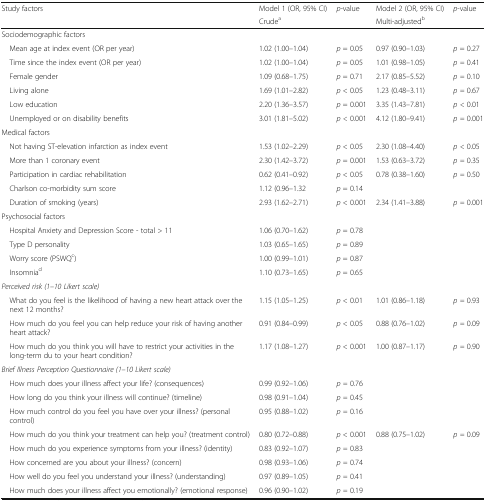
<table><thead><tr><td rowspan="2"><b>Study factors</b></td><td><b>Model 1 (OR, 95% CI)</b></td><td rowspan="2"><b><i>p-</i>value</b></td><td><b>Model 2 (OR, 95% CI)</b></td><td rowspan="2"><b><i>p</i>-value</b></td></tr><tr><td><b>Crude<sup>a</sup></b></td><td><b>Multi-adjusted<sup>b</sup></b></td></tr></thead><tbody><tr><td colspan="5">Sociodemographic factors</td></tr><tr><td> Mean age at index event (OR per year)</td><td>1.02 (1.00–1.04)</td><td><i>p</i> = 0.05</td><td>0.97 (0.90–1.03)</td><td><i>p</i> = 0.27</td></tr><tr><td> Time since the index event (OR per year)</td><td>1.02 (1.00–1.04)</td><td><i>p</i> = 0.05</td><td>1.01 (0.98–1.05)</td><td><i>p =</i> 0.41</td></tr><tr><td> Female gender</td><td>1.09 (0.68–1.75)</td><td><i>p</i> = 0.71</td><td>2.17 (0.85–5.52)</td><td><i>p =</i> 0.10</td></tr><tr><td> Living alone</td><td>1.69 (1.01–2.82)</td><td><i>p</i> &lt; 0.05</td><td>1.23 (0.48–3.11)</td><td><i>p =</i> 0.67</td></tr><tr><td> Low education</td><td>2.20 (1.36–3.57)</td><td><i>p</i> = 0.001</td><td>3.35 (1.43–7.81)</td><td><i>p &lt;</i> 0.01</td></tr><tr><td> Unemployed or on disability benefits</td><td>3.01 (1.81–5.02)</td><td><i>p &lt;</i> 0.001</td><td>4.12 (1.80–9.41)</td><td><i>p =</i> 0.001</td></tr><tr><td colspan="5">Medical factors</td></tr><tr><td> Not having ST-elevation infarction as index event</td><td>1.53 (1.02–2.29)</td><td><i>p</i> &lt; 0.05</td><td>2.30 (1.08–4.40)</td><td><i>p &lt;</i> 0.05</td></tr><tr><td> More than 1 coronary event</td><td>2.30 (1.42–3.72)</td><td><i>p</i> = 0.001</td><td>1.53 (0.63–3.72)</td><td><i>p =</i> 0.35</td></tr><tr><td> Participation in cardiac rehabilitation</td><td>0.62 (0.41–0.92)</td><td><i>p</i> &lt; 0.05</td><td>0.78 (0.38–1.60)</td><td><i>p =</i> 0.50</td></tr><tr><td> Charlson co-morbidity sum score</td><td>1.12 (0.96–1.32</td><td><i>p</i> = 0.14</td><td></td><td></td></tr><tr><td> Duration of smoking (years)</td><td>2.93 (1.62–2.71)</td><td><i>p</i> &lt; 0.001</td><td>2.34 (1.41–3.88)</td><td><i>p =</i> 0.001</td></tr><tr><td colspan="5">Psychosocial factors</td></tr><tr><td> Hospital Anxiety and Depression Score - total &gt; 11</td><td>1.06 (0.70–1.62)</td><td><i>p</i> = 0.78</td><td></td><td></td></tr><tr><td> Type D personality</td><td>1.03 (0.65–1.65)</td><td><i>p</i> = 0.89</td><td></td><td></td></tr><tr><td> Worry score (PSWQ<sup>c</sup>)</td><td>1.00 (0.99–1.01)</td><td><i>p</i> = 0.87</td><td></td><td></td></tr><tr><td> Insomnia<sup>d</sup></td><td>1.10 (0.73–1.65)</td><td><i>p</i> = 0.65</td><td></td><td></td></tr><tr><td colspan="5"><i>Perceived risk (1–10 Likert scale)</i></td></tr><tr><td> What do you feel is the likelihood of having a new heart attack over the next 12 months?</td><td>1.15 (1.05–1.25)</td><td><i>p</i> &lt; 0.01</td><td>1.01 (0.86–1.18)</td><td><i>p =</i> 0.93</td></tr><tr><td> How much do you feel you can help reduce your risk of having another heart attack?</td><td>0.91 (0.84–0.99)</td><td><i>p</i> &lt; 0.05</td><td>0.88 (0.76–1.02)</td><td><i>p =</i> 0.09</td></tr><tr><td> How much do you think you will have to restrict your activities in the long-term du to your heart condition?</td><td>1.17 (1.08–1.27)</td><td><i>p</i> &lt; 0.001</td><td>1.00 (0.87–1.17)</td><td><i>p =</i> 0.90</td></tr><tr><td colspan="5"><i>Brief Illness Perception Questionnaire (1–10 Likert scale)</i></td></tr><tr><td> How much does your illness affect your life? (consequences)</td><td>0.99 (0.92–1.06)</td><td><i>p =</i> 0.76</td><td></td><td></td></tr><tr><td> How long do you think your illness will continue? (timeline)</td><td>0.98 (0.91–1.04)</td><td><i>p =</i> 0.45</td><td></td><td></td></tr><tr><td> How much control do you feel you have over your illness? (personal control)</td><td>0.95 (0.88–1.02)</td><td><i>p =</i> 0.16</td><td></td><td></td></tr><tr><td> How much do you think your treatment can help you? (treatment control)</td><td>0.80 (0.72–0.88)</td><td><i>p</i> &lt; 0.001</td><td>0.88 (0.75–1.02)</td><td><i>p =</i> 0.09</td></tr><tr><td> How much do you experience symptoms from your illness? (identity)</td><td>0.83 (0.92–1.07)</td><td><i>p =</i> 0.83</td><td></td><td></td></tr><tr><td> How concerned are you about your illness? (concern)</td><td>0.98 (0.93–1.06)</td><td><i>p =</i> 0.74</td><td></td><td></td></tr><tr><td> How well do you feel you understand your illness? (understanding)</td><td>0.97 (0.89–1.05)</td><td><i>p =</i> 0.41</td><td></td><td></td></tr><tr><td> How much does your illness affect you emotionally? (emotional response)</td><td>0.96 (0.90–1.02)</td><td><i>p =</i> 0.19</td><td></td><td></td></tr></tbody></table>